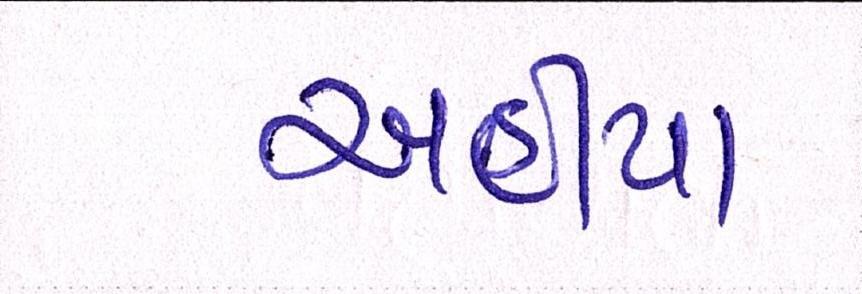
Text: અહીયા